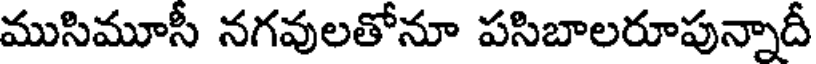
ముసిమూసీ నగవులతోనూ పసిబాలరూపున్నాదీ